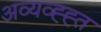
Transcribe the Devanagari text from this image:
अव्यव्ह्ह्त